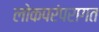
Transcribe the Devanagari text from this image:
लोकपरंपरागत